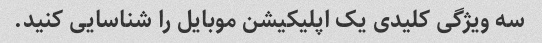
سه ویژگی کلیدی یک اپلیکیشن موبایل را شناسایی کنید.